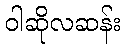
ဝါဆိုလဆန်း